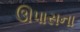
ઊપાસના